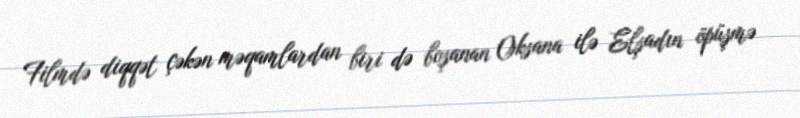
Filmdə diqqət çəkən məqamlardan biri də boşanan Oksana ilə Elşadın öpüşmə